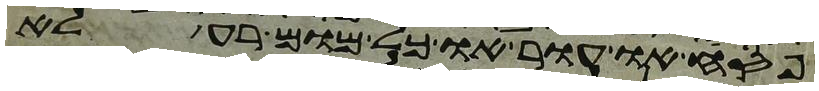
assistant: פסח או עור או כל מום רע לא